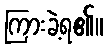
ကြားခဲ့ရ၏။